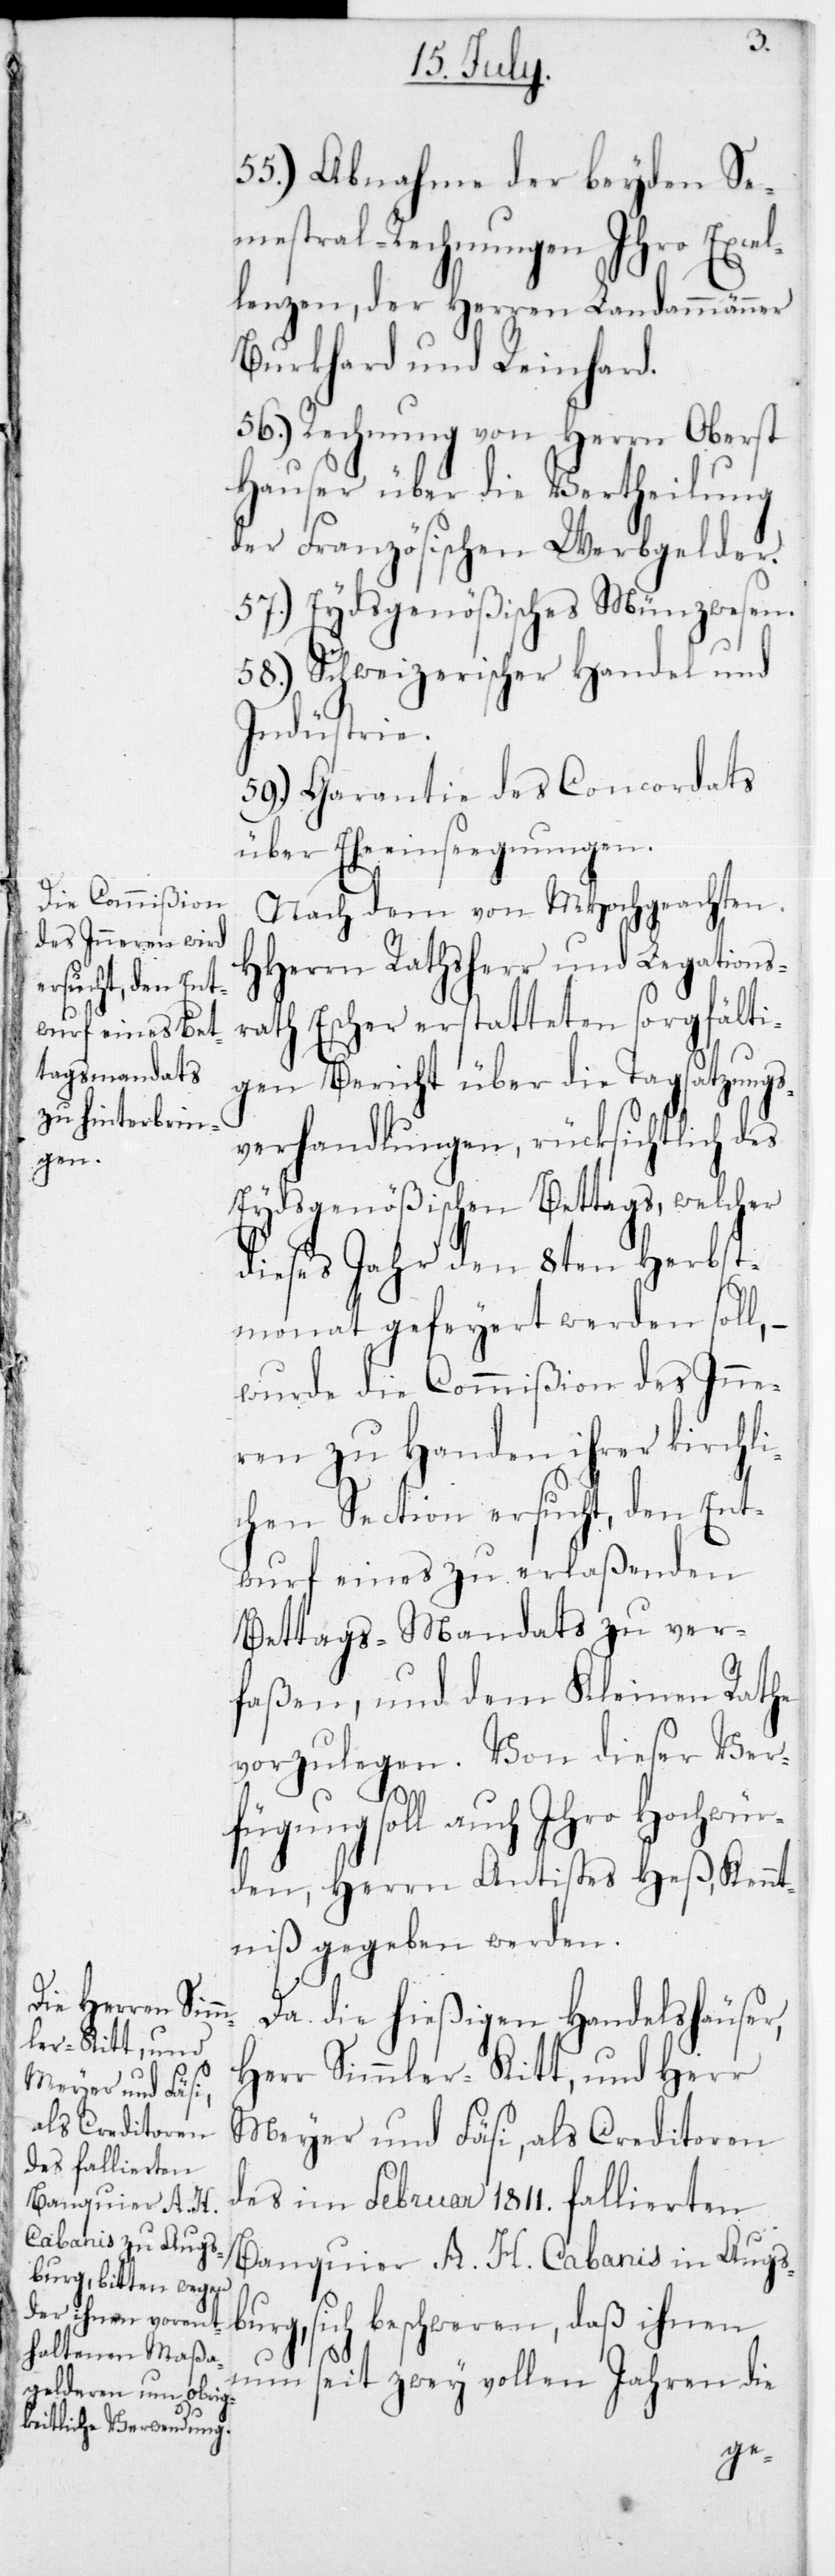
55.) Abnahme der beyden Se¬
mestral-Rechnungen Ihro Excel¬
lenzen, der Herren Landammänner
Burkhard und Reinhard.
56.) Rechnung von Herrn Oberst
Hauser über die Vertheilung
der Französischen Werbgelder.
57.) Eydsgenößisches Münzwesen.
58.) Schweizerischer Handel und
Industrie.
59.) Garantie des Concordats
über Eheeinseegnungen.
Nach dem von MHochgeachten
HHerrn Ratsherr und Legations¬
rath Escher erstatteten sorgfälti¬
gen Bericht über die Tagsatzungs¬
verhandlungen, rücksichtlich des
Eydsgenößischen Bettags, welcher
dieses Jahr den 8ten Herbst¬
monat gefeyert werden soll,
wurde die Commißion des Inne¬
ren zu Handen ihrer kirchli¬
chen Section ersucht, den Ent¬
wurf eines zu erlaßenden
Bettags-Mandats zu ver¬
faßen, und dem Kleinen Rathe
vorzulegen. Von dieser Ver¬
fügung soll auch Ihro Hochwür¬
den, Herrn Antistes Heß, Kennt¬
niß gegeben werden.
Da die hießigen Handelshäuser,
Herr Simmler-Kitt und Herr
Meyer und Fäsi, als Creditoren
des im Februar 1811 fallierten
Banquier A. H. Cabanis in Augs¬
burg, sich beschweren, daß ihnen
nun seit zwey vollen Jahren die